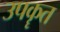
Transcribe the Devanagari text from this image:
उपकॄत